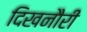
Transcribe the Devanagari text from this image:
दिखनौरी